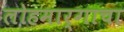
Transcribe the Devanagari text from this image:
लोहमार्गाचा